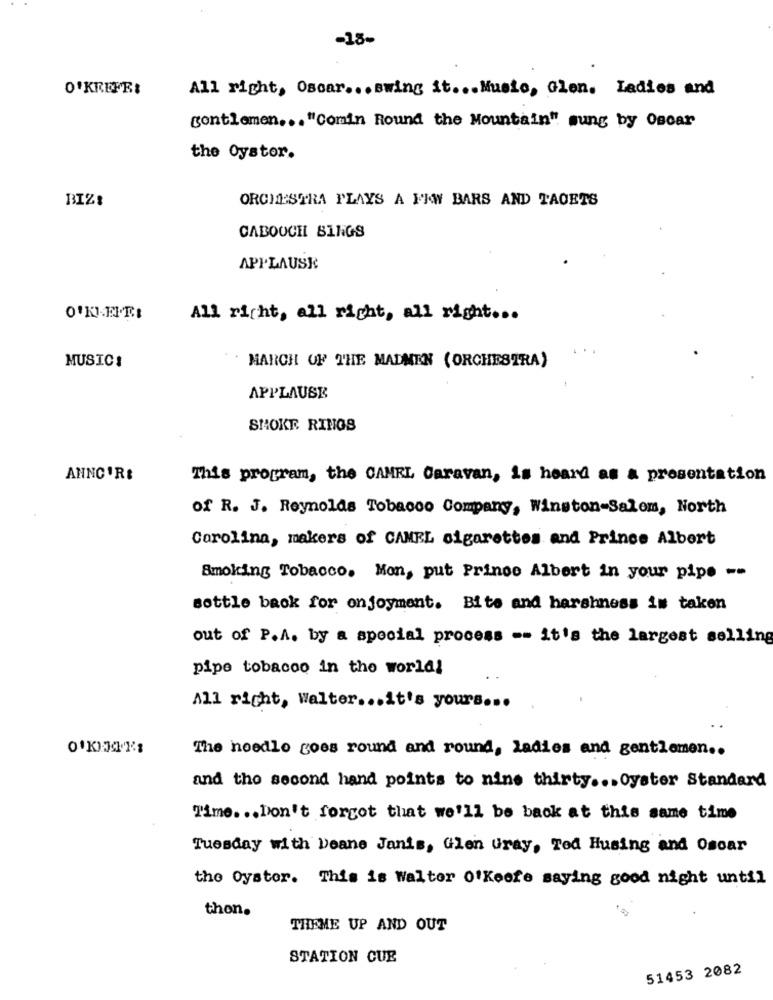
-15-
O'KEEFE:
All right, Oscar ... swing it ... Musio, Glen. Ladies and
gentlemen ... "Comin Round the Mountain" sung by Oscar
the Oystor.
BIZI
ORCHESTRA PLAYS A FEW BARS AND TAOETS
CABOOCH SINGS
APPLAUSE
All richt, all right, all right ...
..
MARCH OF THE MADMEN (ORCHESTRA)
MUSIC!
APPLAUSE
SHOKE RINGS
ANNO 'RE
This program, the CAMEL Caravan, is heard as a presentation
of R. J. Reynolds Tobacco Company, Winston-Salem, North
Carolina, makers of CAMEL cigarettes and Prince Albert
Smoking Tobacco. Mon, put Prince Albert in your pipe --
sottle back for enjoyment. Bite and harshness is taken
out of P.A. by a special process -- it's the largest selling
pipe tobacco in the world!
All right, Walter ... it's yours ...
The needle goes round and round, ladies and gentlemen ..
and the second hand points to nine thirty ... Oyster Standard
Time ... Don't forgot that we'll be back at this same time
Tuesday with Deane Janis, Glen Gray, Ted Husing and Oscar
the Oyster. This is Walter O'Keefe saying good night until
thon.
THEME UP AND OUT
STATION CUE
51453 2082